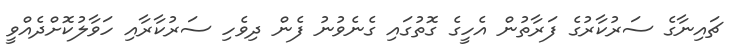
ޗައިނާގެ ސަރުކާރުގެ ފަރާތުން އެހީގެ ގޮތުގައި ގެނެވުނު ފެން ދިވެހި ސަރުކާރާއި ހަވާލުކޮށްދެއްވީ